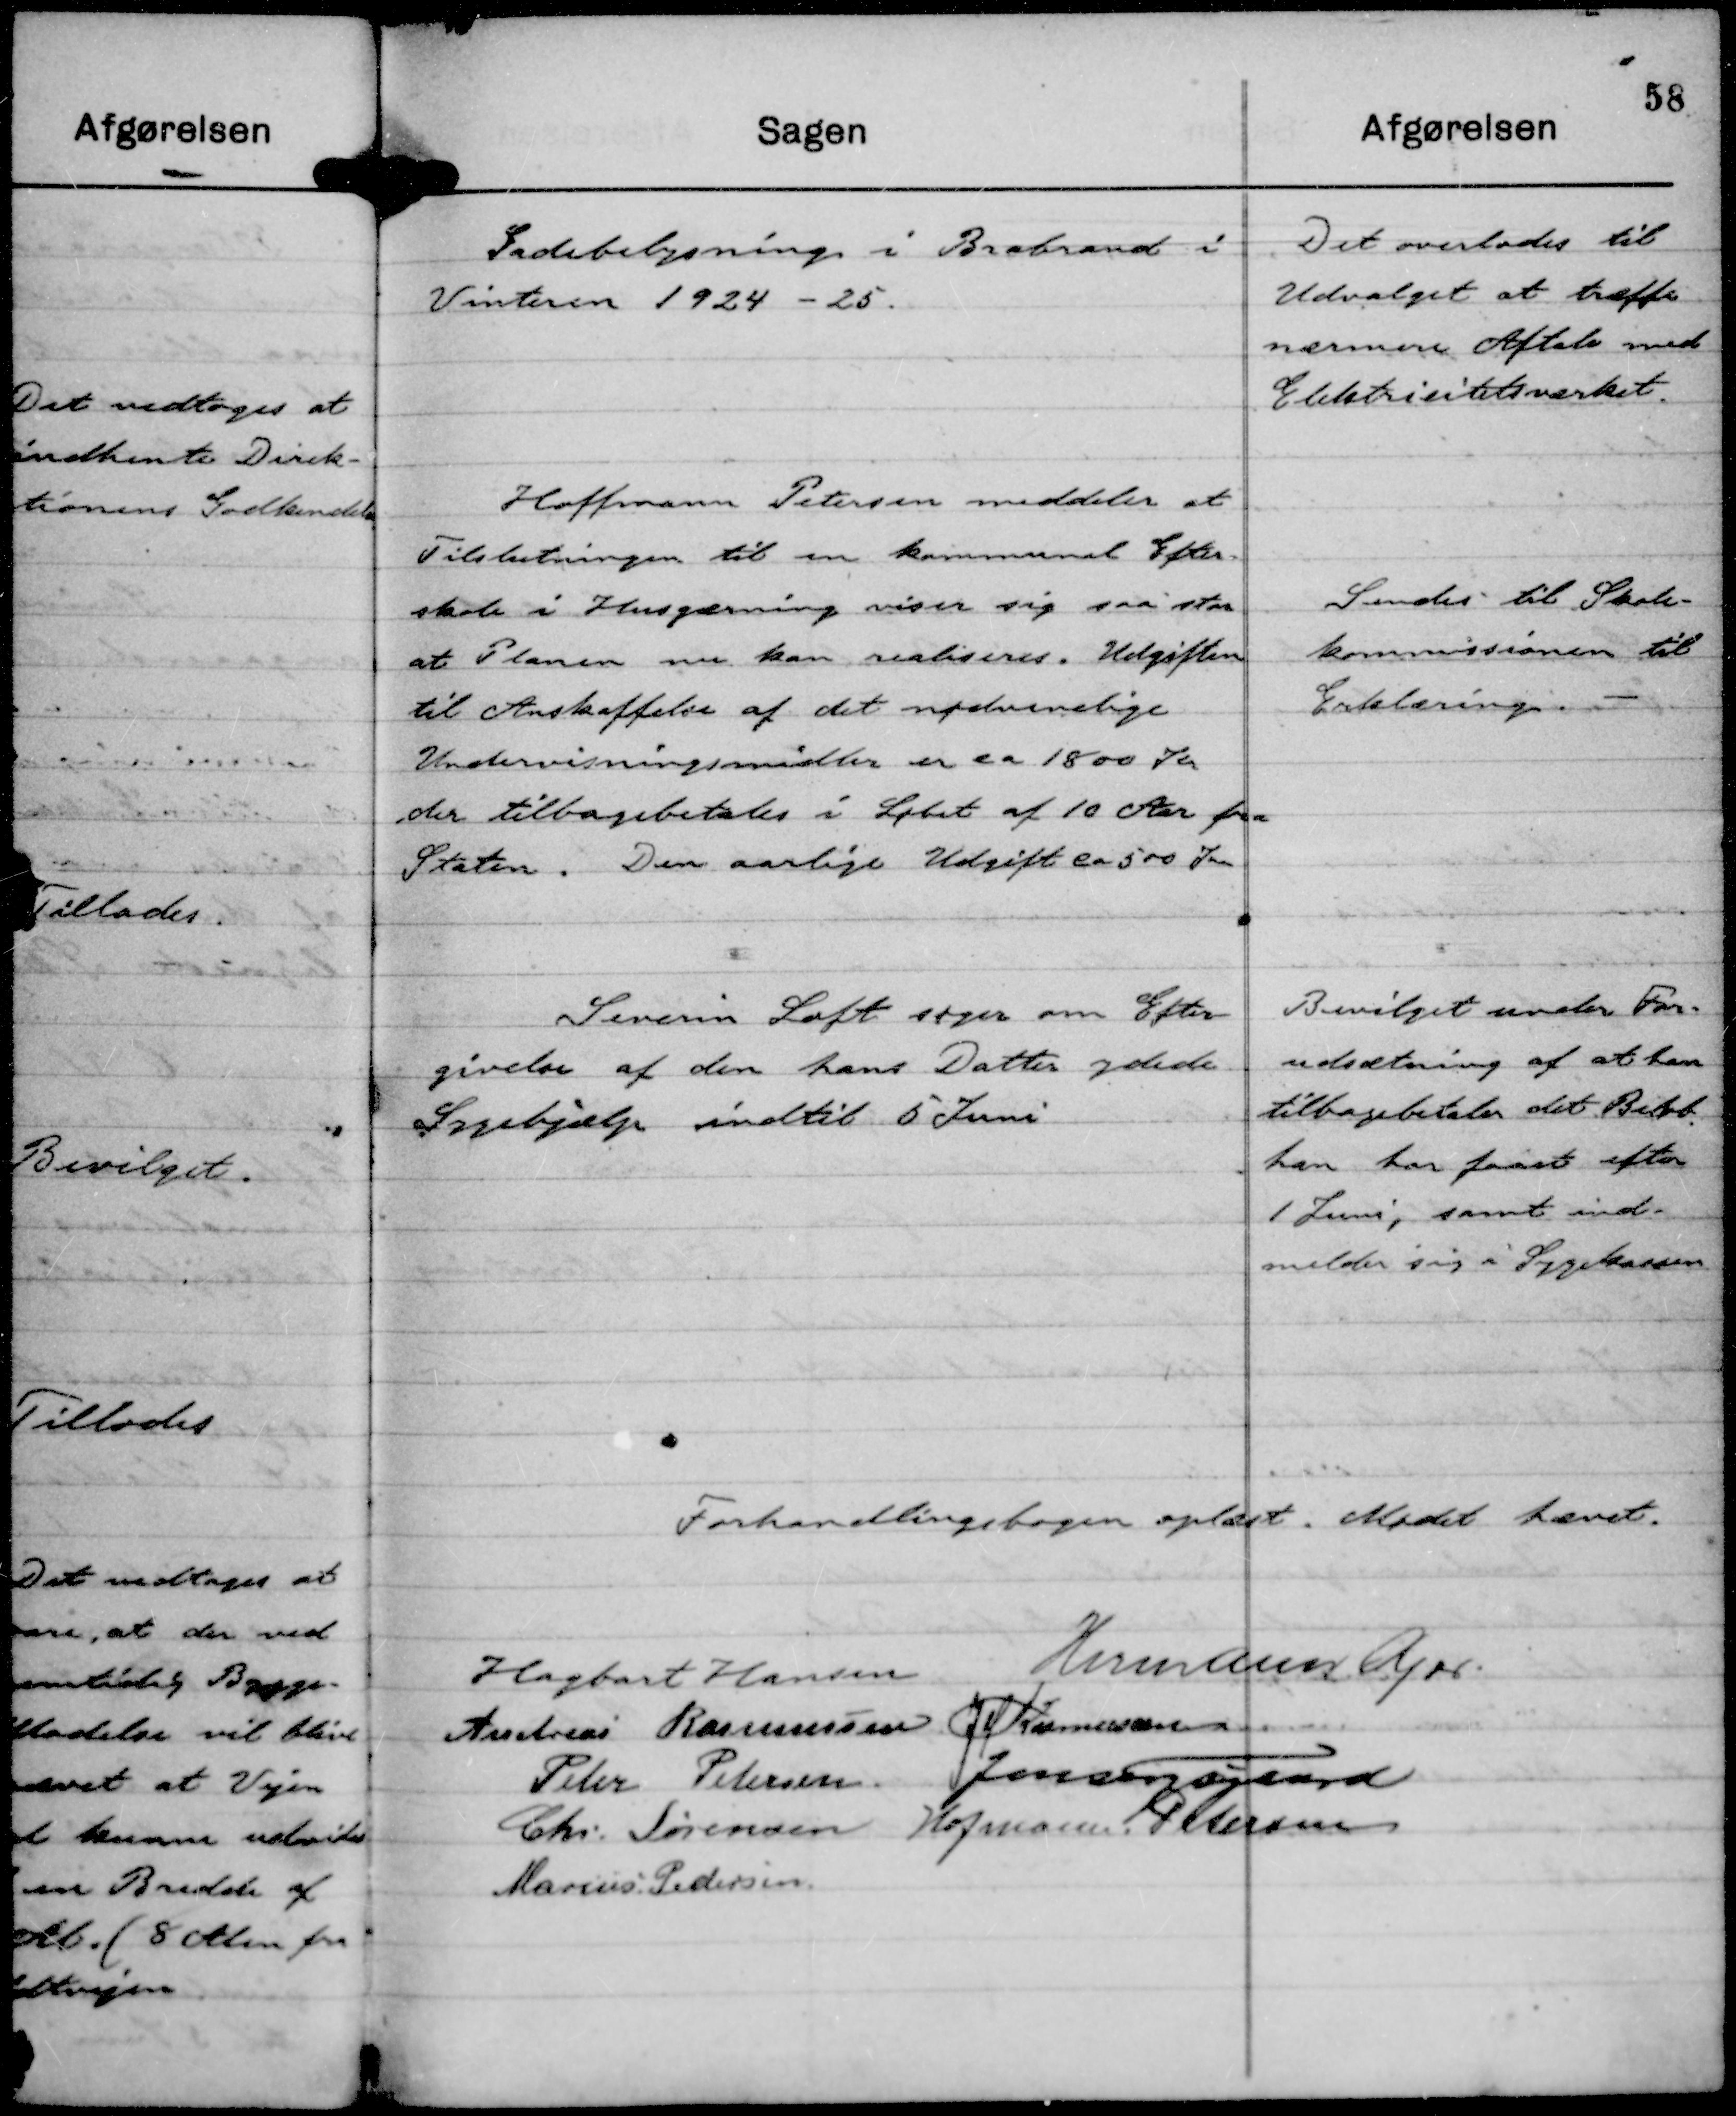
Transskription:
Gadebelysning i Brabrand i
Vinteren 1924 - 25.

Det overlodes til
Udvalget at træffe
nærmere Aftale med
Elektricitetsværket.

Hoffmann Petersen meddeler at
Tilslutningen til en kommunal Efter-
skole i Husgærning viser sig saa stor
at Planen nu kan realiseres. Udgiften
til Anskaffelse af det nødvendige
Undervisningsmidler er ca 1800 Kr
der tilbagebetales i Løbet af 10 Aar fra
Staten. Den aarlige Udgift er 500 Kr

Sendes til Skole-
kommissionen til
Erklæring.

Severin Loft søger om Efter-
givelse af den hans Datter ydede
Sygehjælp indtil 5 Juni

Bevilget under For-
udsætning af at han
tilbagebetaler det Beløb
han har faaet efter
1 Juni, samt ind-
melder sig i Sygekassen.

Forhandlingsbogen oplæst. Mødet hævet.
Hagbart Hansen
Hermann Kjær
Andreas Rasmussen
J M Rasmussen
Peter Petersen
Jens Fogsgaard
Chr. Sørensen
Hofmann Petersen
Marius Pedersen